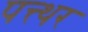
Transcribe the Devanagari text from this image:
पत्त्थर